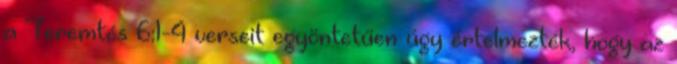
a Teremtés 6:1-4 verseit egyöntetűen úgy értelmezték, hogy az